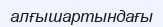
алғышартындағы